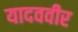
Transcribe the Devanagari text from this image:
यादववीर